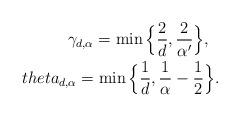
LaTeX: \begin{align*}\gamma_{d,\alpha} = \min\Big\{ \frac{2}{d}, \frac{2}{\alpha'}\Big \}, \ \ \\theta_{d,\alpha} = \min\Big\{\frac{1}{d}, \frac{1}{\alpha}-\frac{1}{2} \Big\}.\end{align*}